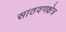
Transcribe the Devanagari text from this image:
साठवणक्षेत्र